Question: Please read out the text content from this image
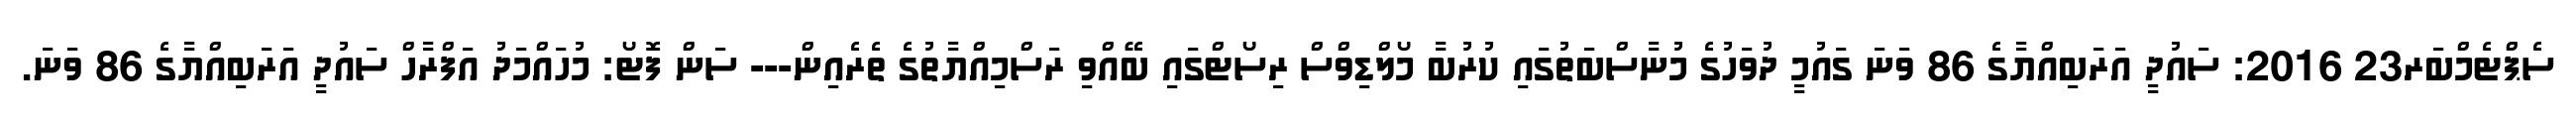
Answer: ސެޕްޓެމްބަރ23 2016: ސައުދީ އަރަބިއްޔާގެ 86 ވަނަ ގައުމީ ދުވަހުގެ މުނާސްބަތުގައި ކުރުބާ މޯލްޑިވްސް ރިސޯޓްގައި ބޭއްވި ރަސްމިއްޔާތުގެ ތެރެއިން--- ސަން ފޮޓޯ: މުހައްމަދު އަފްރާހް ސައުދީ އަރަބިއްޔާގެ 86 ވަނަ.